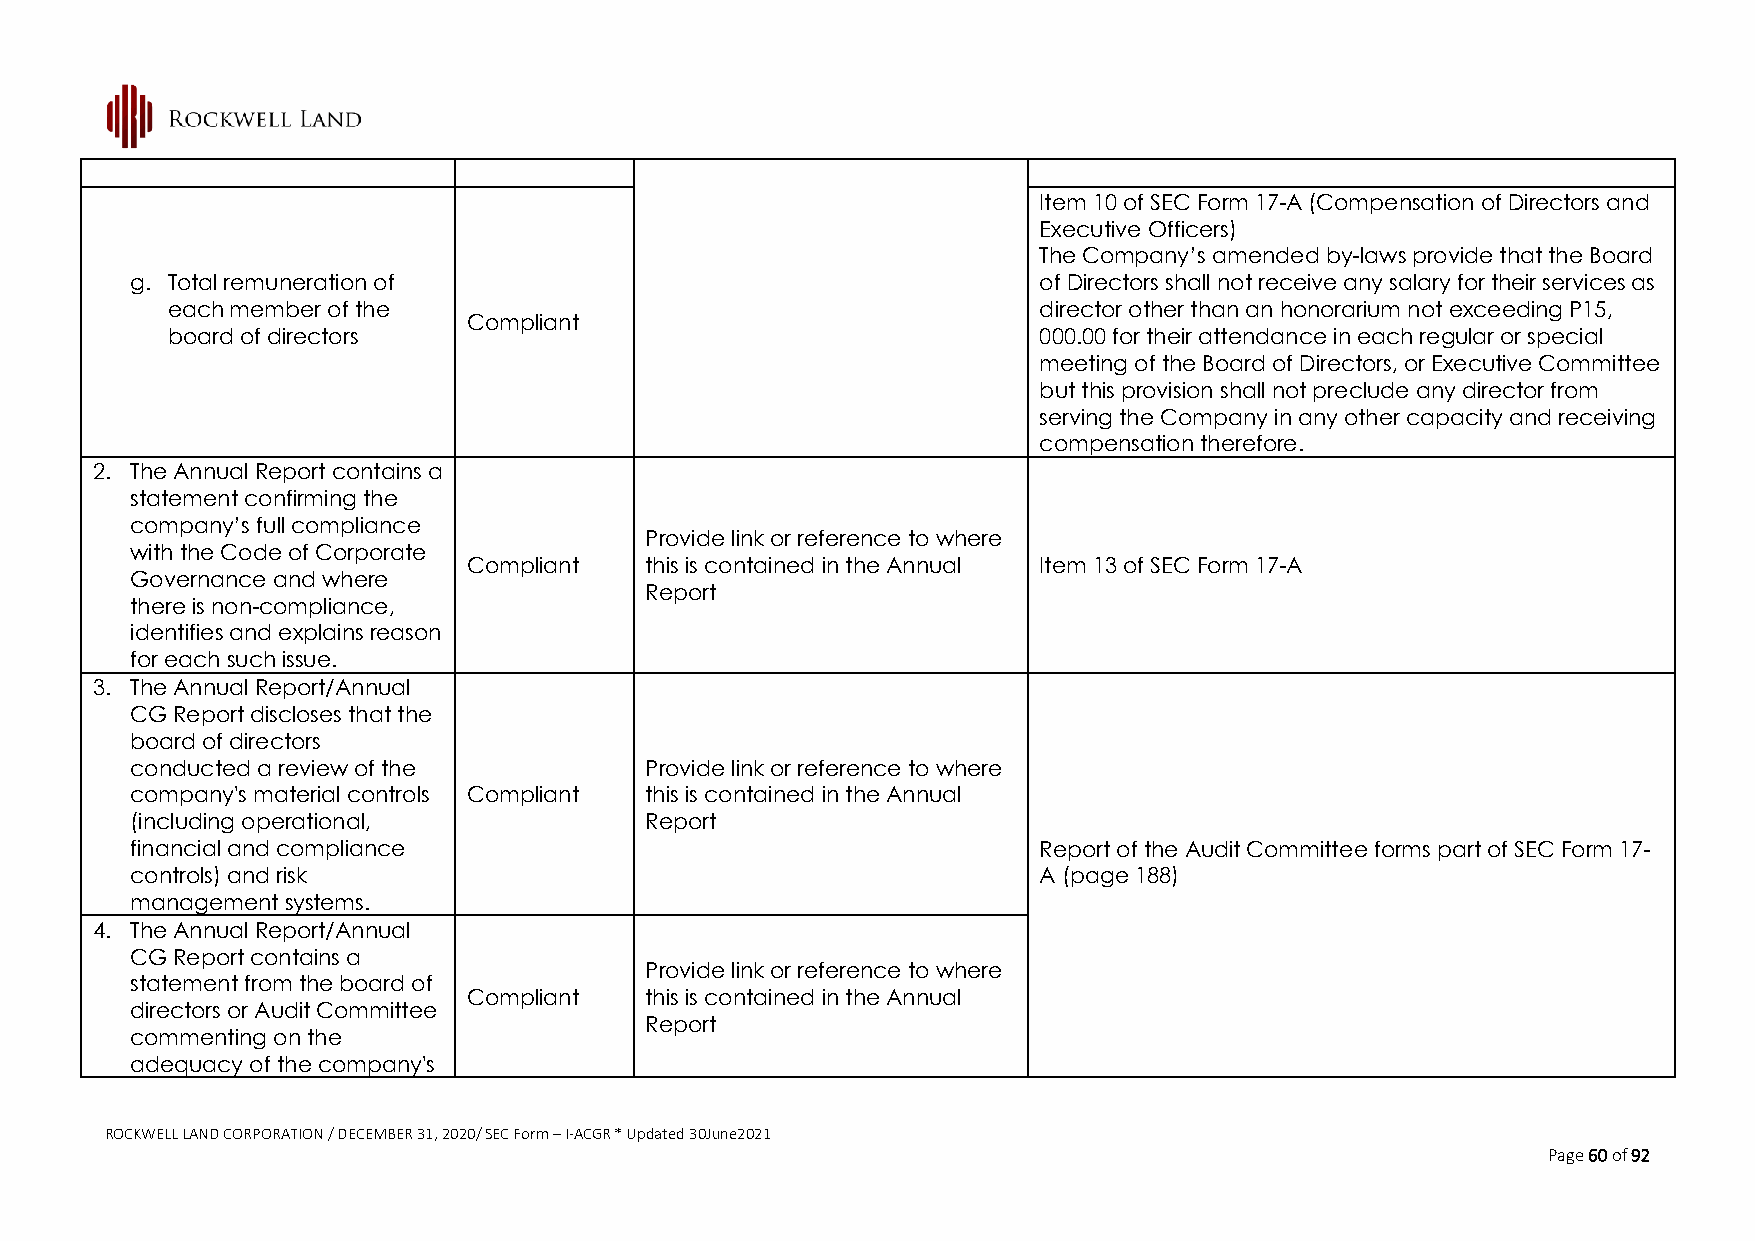
Item 10 of SEC Form 17-A (Compensation of Directors and
 Executive Officers)
 The Company’s amended by-laws provide that the Board
 g. Total remuneration of                                    of Directors shall not receive any salary for their services as
 each member of the                                        director other than an honorarium not exceeding P15,
 Compliant
 board of directors                                        000.00 for their attendance in each regular or special
 meeting of the Board of Directors, or Executive Committee
 but this provision shall not preclude any director from
 serving the Company in any other capacity and receiving
 compensation therefore.
 2. The Annual Report contains a
 statement confirming the
 company’s full compliance
 Provide link or reference to where
 with the Code of Corporate
 Compliant   this is contained in the Annual Item 13 of SEC Form 17-A
 Governance and where
 Report
 there is non-compliance,
 identifies and explains reason
 for each such issue.
 3. The Annual Report/Annual
 CG Report discloses that the
 board of directors
 conducted a review of the         Provide link or reference to where
 company's material controls Compliant this is contained in the Annual
 (including operational,           Report
 financial and compliance                                    Report of the Audit Committee forms part of SEC Form 17-
 controls) and risk                                          A (page 188)
 management systems.
 4. The Annual Report/Annual
 CG Report contains a
 Provide link or reference to where
 statement from the board of
 Compliant   this is contained in the Annual
 directors or Audit Committee
 Report
 commenting on the
 adequacy of the company's
 ROCKWELL LAND CORPORATION / DECEMBER 31, 2020/ SEC Form – I-ACGR * Updated 30June2021
 Page 60 of 92